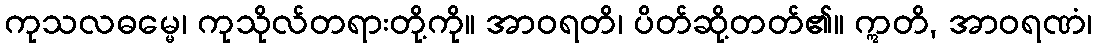
ကုသလဓမ္မေ၊ ကုသိုလ်တရားတို့ကို။ အာဝရတိ၊ ပိတ်ဆို့တတ်၏။ ဣတိ, အာဝရဏံ၊